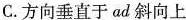
C.方向垂直于ad斜向上